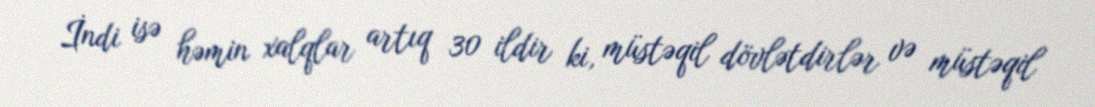
İndi isə həmin xalqlar artıq 30 ildir ki, müstəqil dövlətdirlər və müstəqil